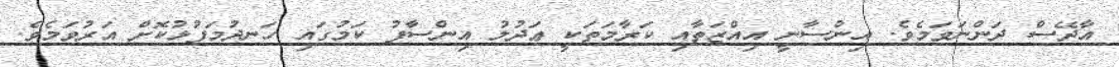
އާދޭސް ދަންނަވަމެވެ. އިންސާނީ އިއްޒަތާއި ކަރާމަތަކީ ޢަދުލު އިންސާފު ކަމުގައި ހަނދުމަފުޅުކޮށް އަރުވަމެވެ.